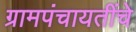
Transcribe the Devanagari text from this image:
ग्रामपंचायतींचे